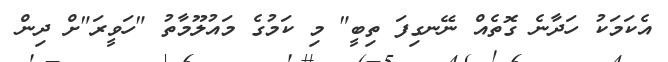
އެކަމަކު ހަދާނެ ގޮތެއް ނޭނގިފަ ތިބީ" މި ކަމުގެ މައުލޫމާތު "ހަވީރަ"ށް ދިން